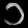
Digit: ၁